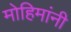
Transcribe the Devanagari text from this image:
मोहिमांनी